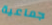
جماعية